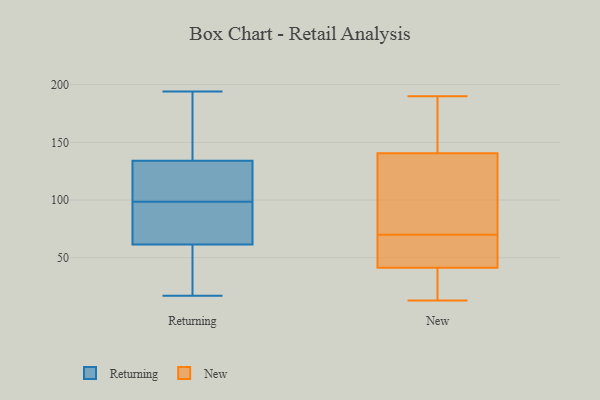
{"axis": {"x": "Website Visitors", "y": "Value"}, "legend": ["New", "Returning"], "data": [{"x": "", "y": 103, "type": "Returning"}, {"x": "", "y": 131, "type": "Returning"}, {"x": "", "y": 30, "type": "Returning"}, {"x": "", "y": 137, "type": "Returning"}, {"x": "", "y": 101, "type": "Returning"}, {"x": "", "y": 121, "type": "Returning"}, {"x": "", "y": 160, "type": "Returning"}, {"x": "", "y": 58, "type": "Returning"}, {"x": "", "y": 82, "type": "Returning"}, {"x": "", "y": 73, "type": "Returning"}, {"x": "", "y": 96, "type": "Returning"}, {"x": "", "y": 112, "type": "Returning"}, {"x": "", "y": 65, "type": "Returning"}, {"x": "", "y": 149, "type": "Returning"}, {"x": "", "y": 56, "type": "Returning"}, {"x": "", "y": 71, "type": "Returning"}, {"x": "", "y": 194, "type": "Returning"}, {"x": "", "y": 51, "type": "Returning"}, {"x": "", "y": 155, "type": "Returning"}, {"x": "", "y": 17, "type": "Returning"}, {"x": "", "y": 115, "type": "New"}, {"x": "", "y": 149, "type": "New"}, {"x": "", "y": 38, "type": "New"}, {"x": "", "y": 17, "type": "New"}, {"x": "", "y": 78, "type": "New"}, {"x": "", "y": 158, "type": "New"}, {"x": "", "y": 70, "type": "New"}, {"x": "", "y": 51, "type": "New"}, {"x": "", "y": 51, "type": "New"}, {"x": "", "y": 190, "type": "New"}, {"x": "", "y": 13, "type": "New"}]}